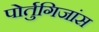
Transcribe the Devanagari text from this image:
पोर्तुगिजांस